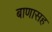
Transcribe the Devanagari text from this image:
बाणासह